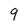
Character: 9